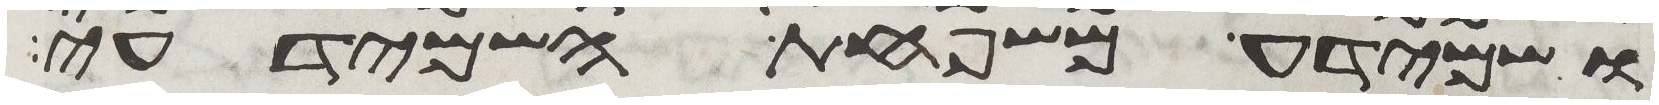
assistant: ושמידע משפחת השמידעי